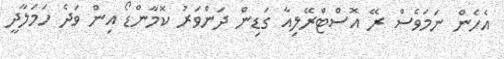
އެހެން ނަމަވެސް ރޭ އޮސްޓްރޭލިއާ ގަޑިން ދަންވަރު ކޮމާންޑޯ އިން ވަދެ ހަމަލާދީ